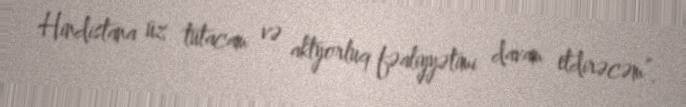
Hindistana üz tutacam və aktyorluq fəaliyyətimi davam etdirəcəm”.